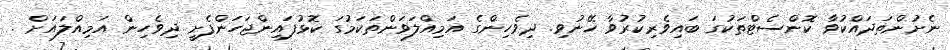
ނެށުންތަދައްކުވާ ކޮންސެޓްތަކުގަ ބައިވެރިކުރުވާ ހޭނުވި. ދިވެހިންގެ އަމިއްލަވަންތަކަމުގަ ކޮޅުފައިންޖަހަންފެށީ ދިވެހިން އަމިއްލައަށް .